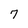
Character: 7